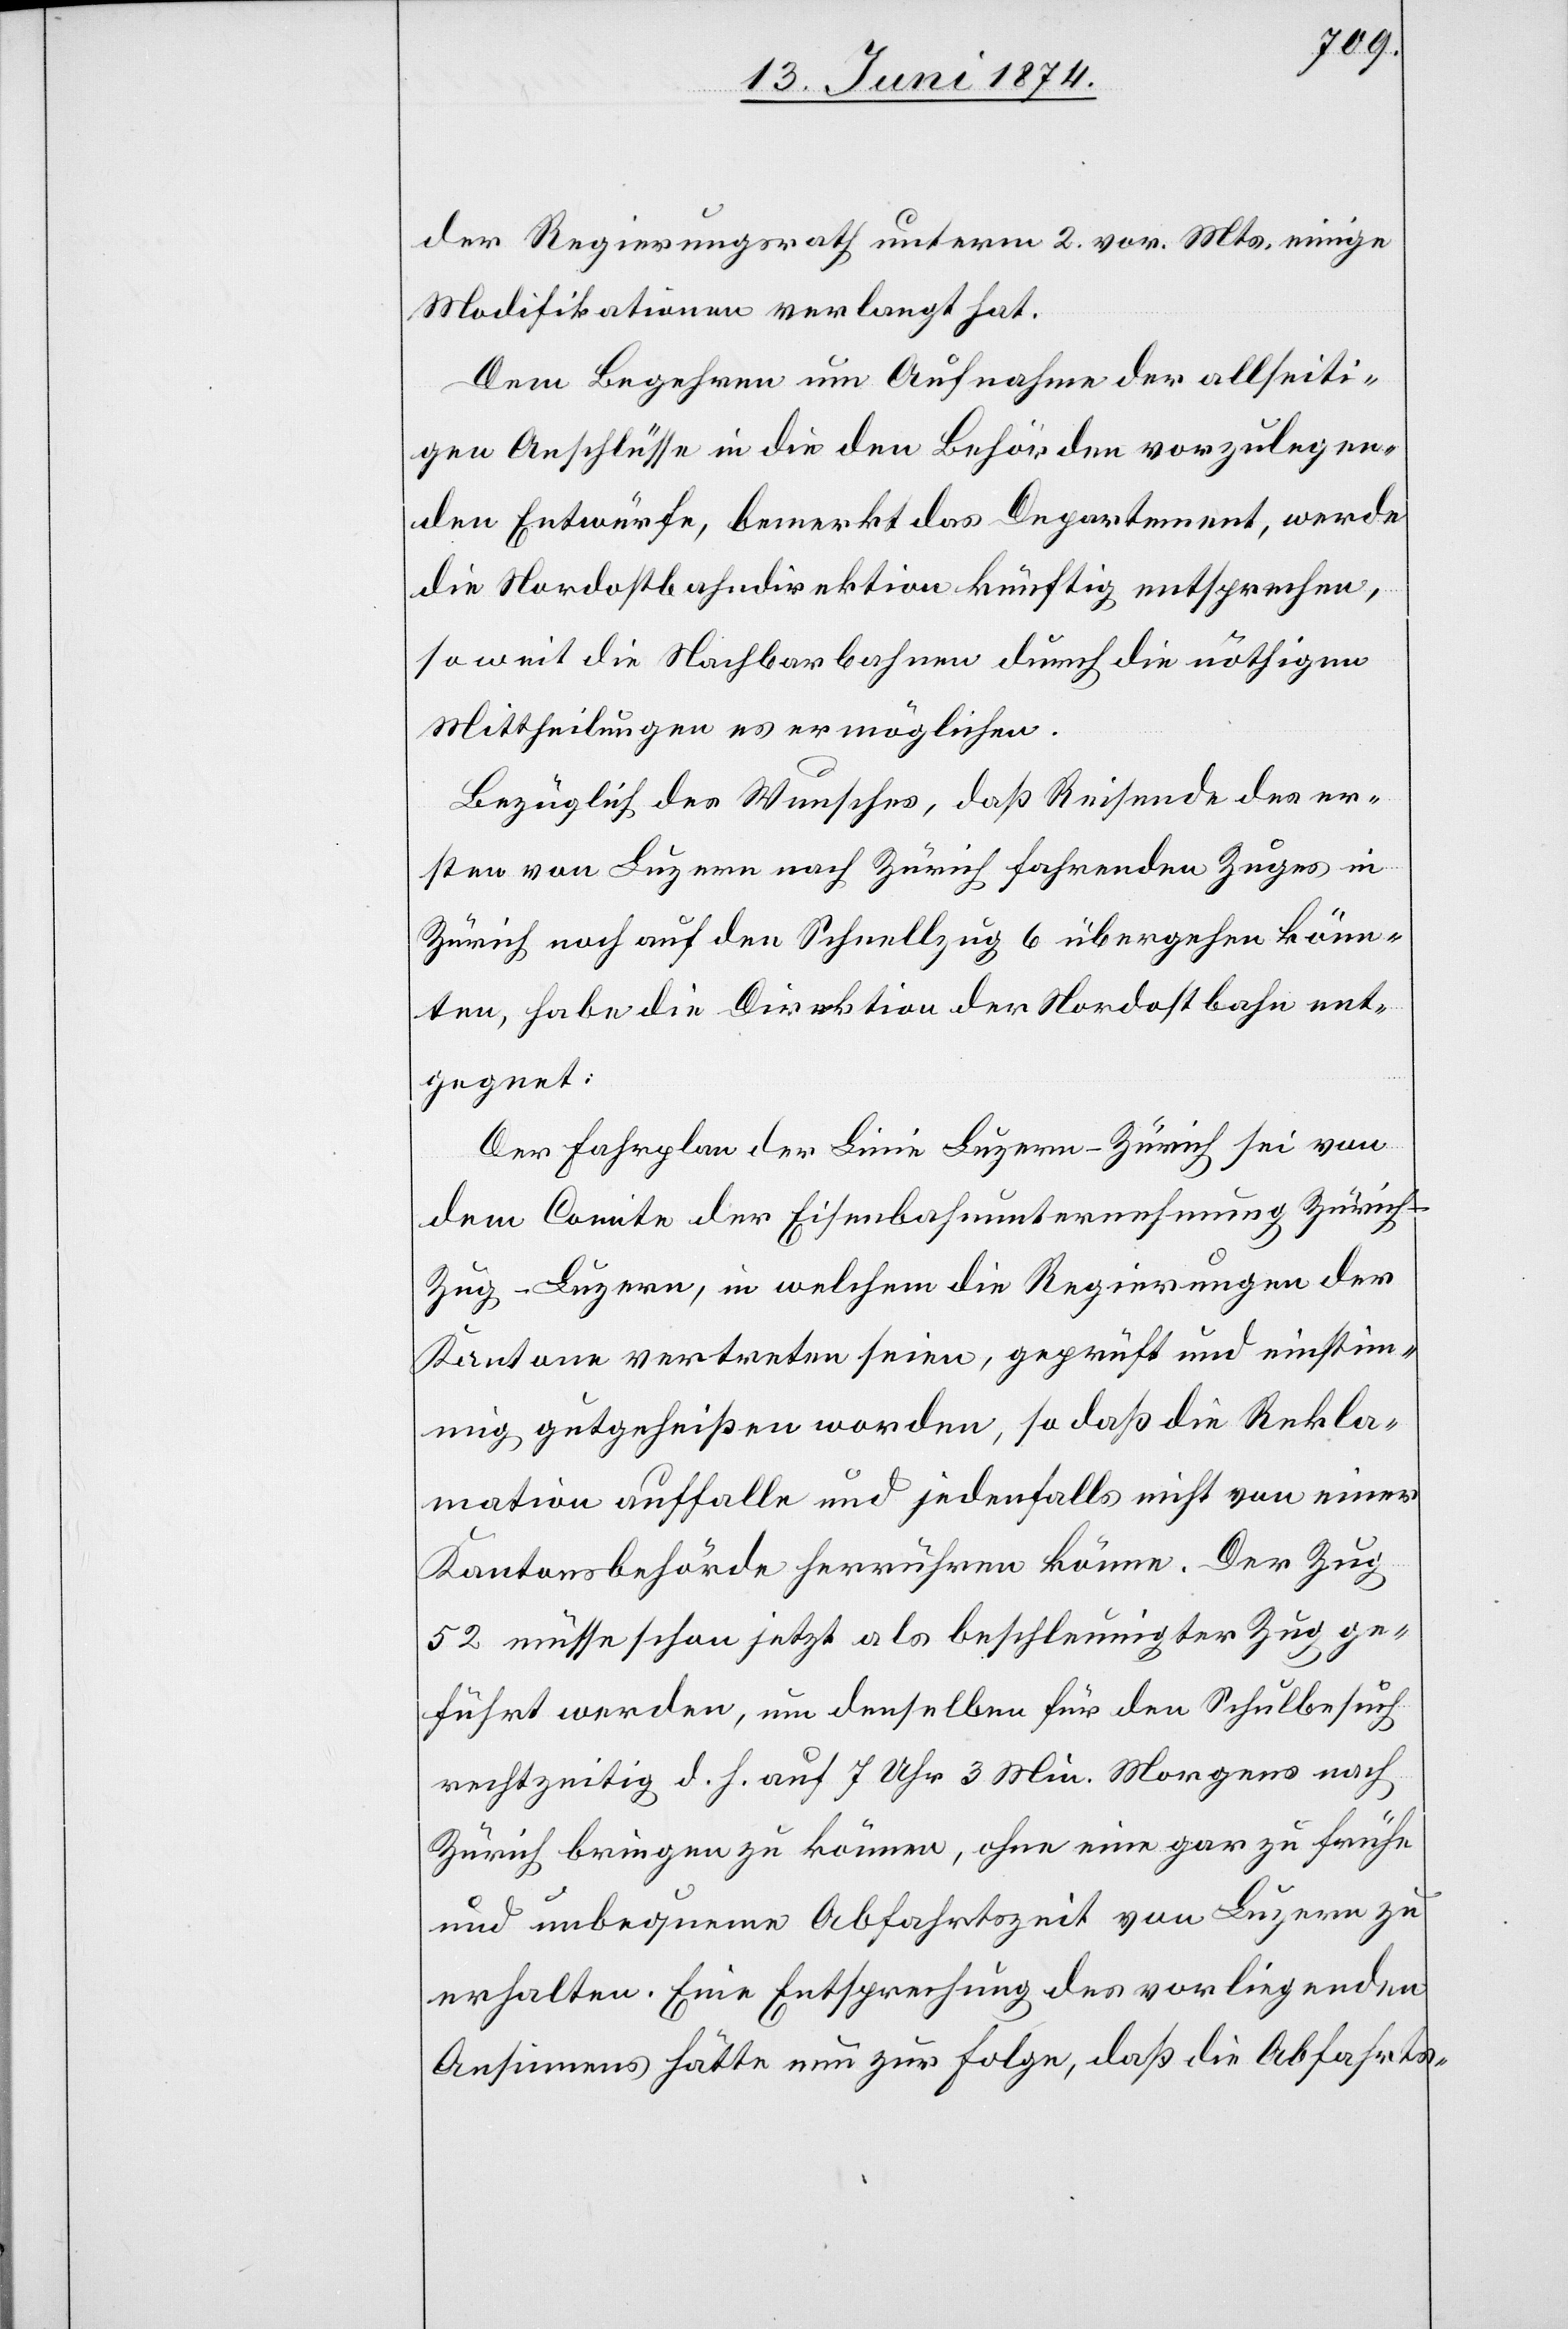
der Regierungsrath unterm 2. vor. Mts. einige
Modifikationen verlangt hat.
Dem Begehren um Aufnahme der allseiti¬
gen Anschlüsse in die den Behörden vorzulegen¬
den Entwürfe, bemerkt das Departement, werde
die Nordostbahndirektion künftig entsprechen,
so weit die Nachbarbahnen durch die nöthigen
Mittheilungen es ermöglichen.
Bezüglich des Wunsches, daß Reisende des er¬
sten von Luzern nach Zürich fahrenden Zuges in
Zürich noch auf den Schnellzug 6 übergehen könn¬
ten, habe die Direktion der Nordostbahn ent¬
gegnet:
Der Fahrplan der Linie Luzern-Zürich sei von
dem Comite der Eisenbahnunternehmung Zürich-Z¬
ug-Luzern, in welchem die Regierungen der
Kantone vertreten seien, geprüft und einstim¬
mig gutgeheißen worden, so daß die Rekla¬
mation auffalle und jedenfalls nicht von einer
Kantonsbehörde herrühren könne. Der Zug
52 müsse schon jetzt als beschleunigter Zug ge¬
führt werden, um denselben für den Schulbesuch
rechtzeitig d. h. auf 7 Uhr 3 Min. Morgens nach
Zürich bringen zu können, ohne eine gar zu frühe
und unbequeme Abfahrtszeit von Luzern zu
erhalten. Eine Entsprechung des vorliegenden
Ansinnens hätte nun zur Folge, daß die Abfahrts-